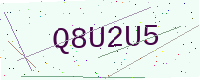
Text: Q8U2U5